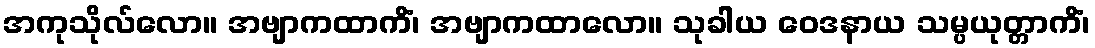
အကုသိုလ်လော။ အဗျာကထာကိံ၊ အဗျာကထာလော။ သုခါယ ဝေဒနာယ သမ္ပယုတ္တာကိံ၊